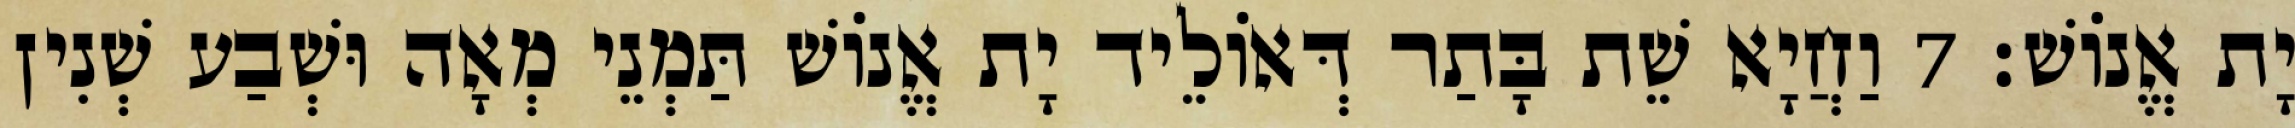
יָת אֱנוֹשׁ׃ 7 וַחֲיָא שֵׁת בָּתַר דְּאוֹלֵיד יָת אֱנוֹשׁ תַּמְנֵי מְאָה וּשְׁבַע שְׁנִין